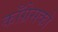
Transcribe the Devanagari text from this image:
काँग्रेसको